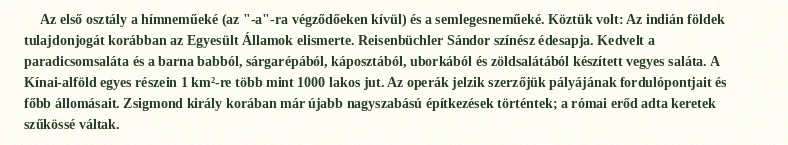
Az első osztály a hímneműeké (az "-a"-ra végződőeken kívül) és a semlegesneműeké. Köztük volt: Az indián földek tulajdonjogát korábban az Egyesült Államok elismerte. Reisenbüchler Sándor színész édesapja. Kedvelt a paradicsomsaláta és a barna babból, sárgarépából, káposztából, uborkából és zöldsalátából készített vegyes saláta. A Kínai-alföld egyes részein 1 km²-re több mint 1000 lakos jut. Az operák jelzik szerzőjük pályájának fordulópontjait és főbb állomásait. Zsigmond király korában már újabb nagyszabású építkezések történtek; a római erőd adta keretek szűkössé váltak.